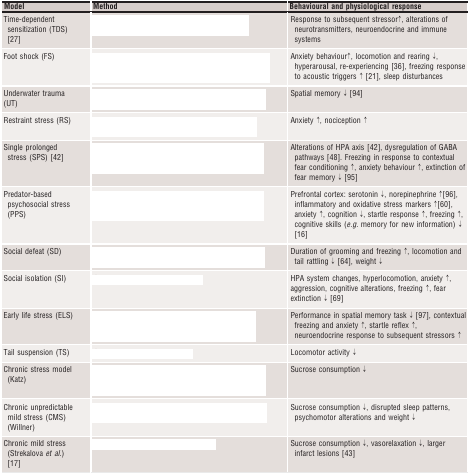
<table><thead><tr><td><b>Model</b></td><td><b>Method</b></td><td><b>Behavioural and physiological response</b></td></tr></thead><tbody><tr><td>Time‐dependent sensitization (TDS) 27</td><td>[EMPTY_CELL]</td><td>Response to subsequent stressor↑, alterations of neurotransmitters, neuroendocrine and immune systems</td></tr><tr><td>Foot shock (FS)</td><td>[EMPTY_CELL]</td><td>Anxiety behaviour↑, locomotion and rearing ↓, hyperarousal, re‐experiencing 36, freezing response to acoustic triggers ↑ 21, sleep disturbances</td></tr><tr><td>Underwater trauma (UT)</td><td>[EMPTY_CELL]</td><td>Spatial memory ↓ 94</td></tr><tr><td>Restraint stress (RS)</td><td>[EMPTY_CELL]</td><td>Anxiety ↑, nociception ↑</td></tr><tr><td>Single prolonged stress (SPS) 42</td><td>[EMPTY_CELL]</td><td>Alterations of HPA axis 42, dysregulation of GABA pathways 48. Freezing in response to contextual fear conditioning ↑, anxiety behaviour ↑, extinction of fear memory ↓ 95</td></tr><tr><td>Predator‐based psychosocial stress (PPS)</td><td>[EMPTY_CELL]</td><td>Prefrontal cortex: serotonin ↓, norepinephrine ↑96, inflammatory and oxidative stress markers ↑60, anxiety ↑, cognition ↓, startle response ↑, freezing ↑, cognitive skills (<i>e.g</i>. memory for new information) ↓ 16</td></tr><tr><td>Social defeat (SD)</td><td>[EMPTY_CELL]</td><td>Duration of grooming and freezing ↑, locomotion and tail rattling ↓ 64, weight ↓</td></tr><tr><td>Social isolation (SI)</td><td>[EMPTY_CELL]</td><td>HPA system changes, hyperlocomotion, anxiety ↑, aggression, cognitive alterations, freezing ↑, fear extinction ↓ 69</td></tr><tr><td>Early life stress (ELS)</td><td>[EMPTY_CELL]</td><td>Performance in spatial memory task ↓ 97, contextual freezing and anxiety ↑, startle reflex ↑, neuroendocrine response to subsequent stressors ↑</td></tr><tr><td>Tail suspension (TS)</td><td>[EMPTY_CELL]</td><td>Locomotor activity ↓</td></tr><tr><td>Chronic stress model (Katz)</td><td>[EMPTY_CELL]</td><td>Sucrose consumption ↓</td></tr><tr><td>Chronic unpredictable mild stress (CMS) (Willner)</td><td>[EMPTY_CELL]</td><td>Sucrose consumption ↓, disrupted sleep patterns, psychomotor alterations and weight ↓</td></tr><tr><td>Chronic mild stress (Strekalova <i>et al</i>.) 17</td><td>[EMPTY_CELL]</td><td>Sucrose consumption ↓, vasorelaxation ↓, larger infarct lesions 43</td></tr></tbody></table>